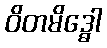
ဝိတမိဒ္ဓေါ